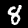
Label: 8